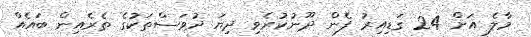
މާލެ އަށް 24 ގަޑިއިރު ފެން ދޫނުކުރެވި ދިޔަ ދުވަސްތަކުގެ ތެރެއިން ބައެއް